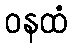
ဝနထံ